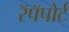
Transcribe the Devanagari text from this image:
रॅपॅपोर्ट